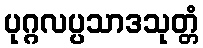
ပုဂ္ဂလပ္ပသာဒသုတ္တံ